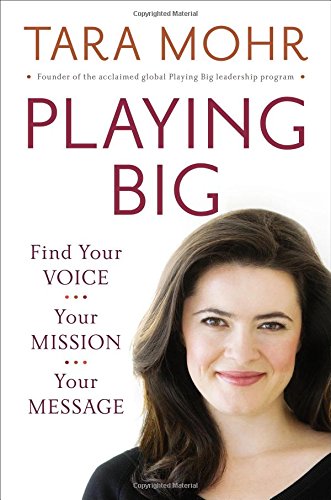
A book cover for Playing Big: Find Your Voice, Your Mission, Your Message; Tara Mohr; Politics & Social Sciences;